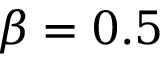
\beta = 0 . 5